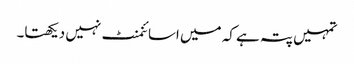
تمہیں پتہ ہے کہ میں اسائنمنٹ نہیں دیکھتا۔